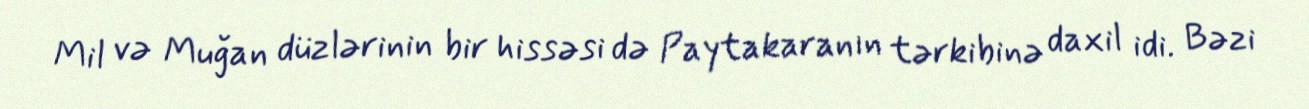
Mil və Muğan düzlərinin bir hissəsi də Paytakaranın tərkibinə daxil idi. Bəzi